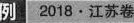
例2018·江苏卷